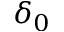
\delta _ { 0 }